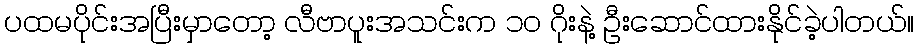
ပထမပိုင်းအပြီးမှာတော့ လီဗာပူးအသင်းက ၁၀ ဂိုးနဲ့ ဦးဆောင်ထားနိုင်ခဲ့ပါတယ်။